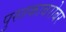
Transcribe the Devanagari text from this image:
पुस्तकाबरोबर